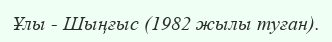
Ұлы - Шыңғыс (1982 жылы туған).